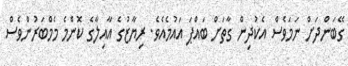
ގޭބަންދަށް ނަމަވެސް އެކުދިން ގާތަށް ބައްޕަ އައުމެއެވެ. ރިޔާޒުގެ އާއިލާގެ ކޮންމެ މެމްބަރުންވެސް